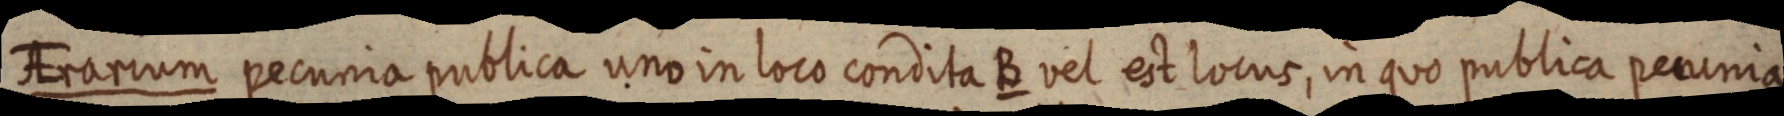
AErarium pecunia publica uno in loco condita B vel est locus, in quo publica pecunia